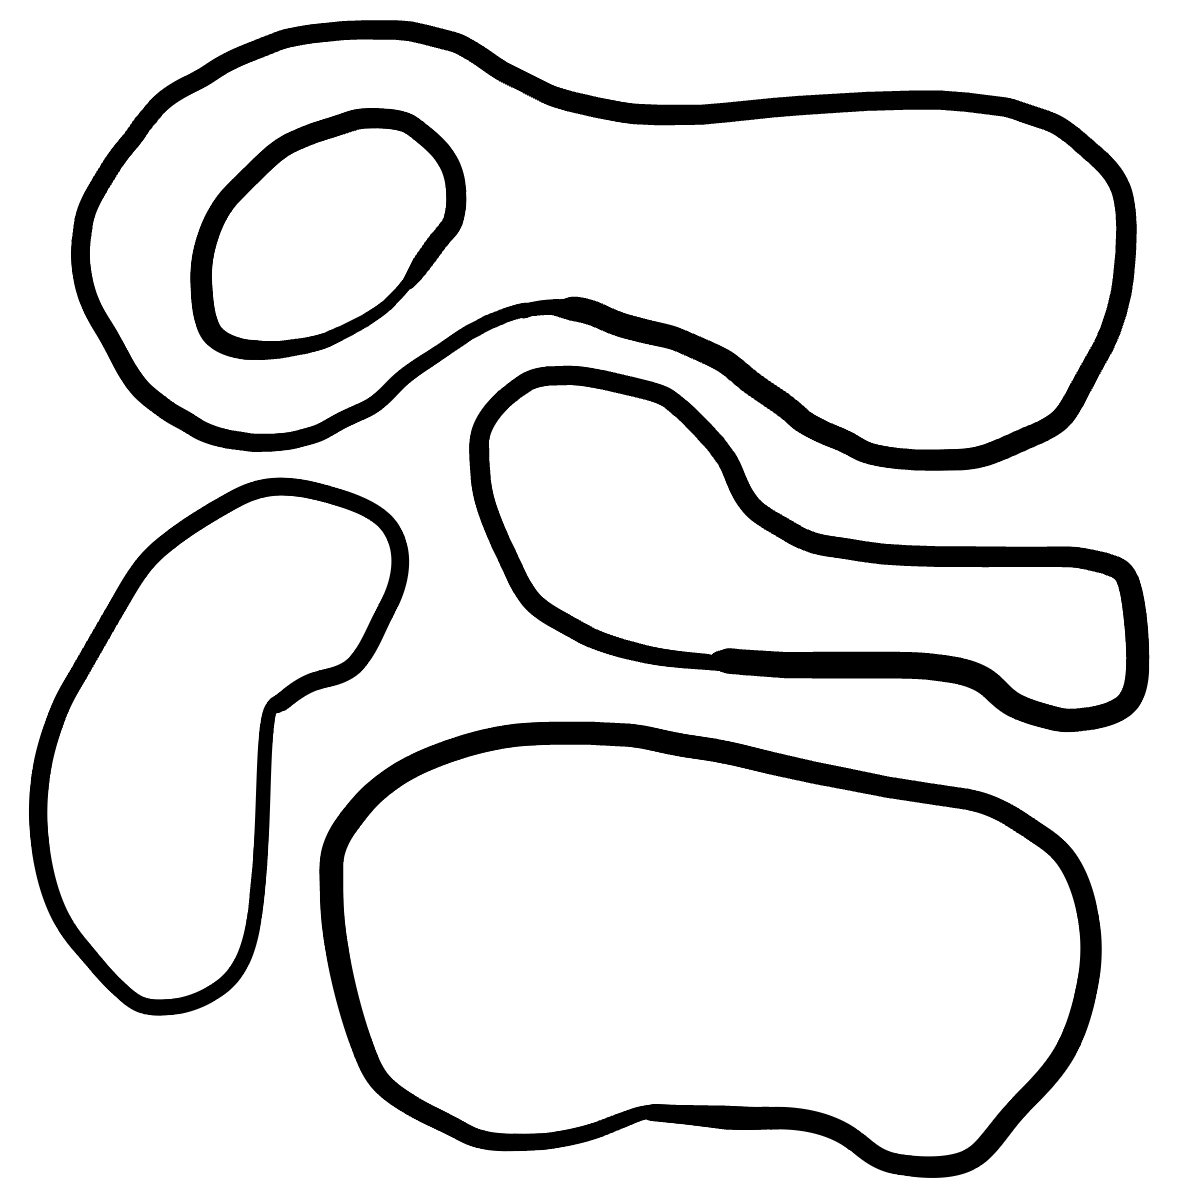
Number of regions (including the outer root region): 6
Containment tree edges (parent, child): 0, 1, 0, 2, 0, 3, 0, 4, 4, 5